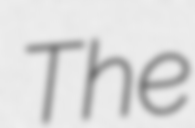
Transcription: The